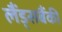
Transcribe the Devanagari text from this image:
लैंड्सबैंकी